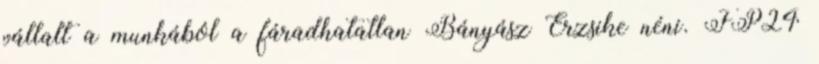
vállalt a munkából a fáradhatatlan Bányász Erzsike néni. FP24